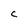
Character: c